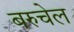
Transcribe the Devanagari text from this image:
बरुचेल